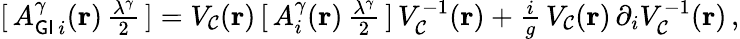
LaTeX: [\, A_{{\sf GI}\, i}^{{\gamma}}({\mathbf{r}})\, {\textstyle\frac{{\lambda}^{\gamma}}{2}}\, ]=V_{\cal{C}}({\mathbf{r}})\, [\, A_{i}^{\gamma}({\mathbf{r}})\, {\textstyle\frac{\lambda^{\gamma}}{2}}\, ]\, V_{\cal{C}}^{-1}({\mathbf{r}})+{\textstyle\frac{i}{g}}\, V_{\cal{C}}({\mathbf{r}})\, \partial_{i}V_{\cal{C}}^{-1}({\mathbf{r}})\, ,